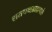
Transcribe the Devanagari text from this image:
शतपथब्राह्मणके